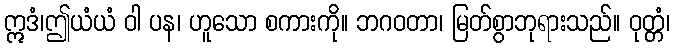
ဣဒံ၊ဤယံယံ ဝါ ပန၊ ဟူသော စကားကို။ ဘဂဝတာ၊ မြတ်စွာဘုရားသည်။ ဝုတ္တံ၊